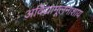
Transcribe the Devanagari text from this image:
अविद्यामूलनाशाय